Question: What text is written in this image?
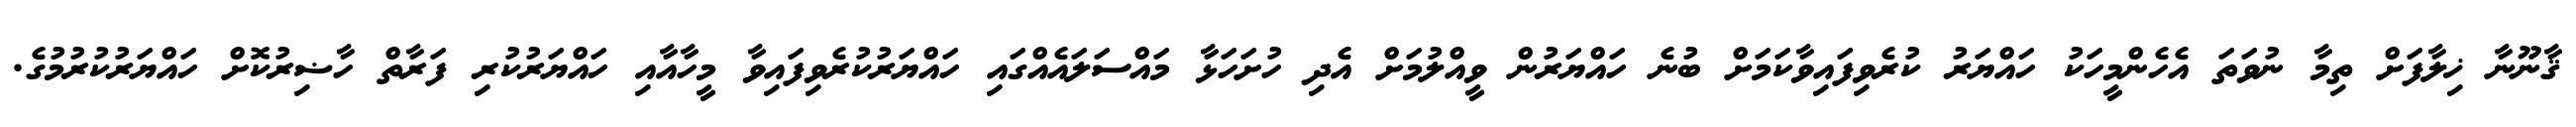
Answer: ޤާނޫނާ ޚިލާފަށް ތިމާ ނުވަތަ އެހެންމީހަކު ހައްޔަރު ކުރެވިފައިވާކަމަށް ބުނެ ހައްޔަރުން ވީއްލުމަށް އެދި ހުށަހަޅާ މައްސަލައެއްގައި ހައްޔަރުކުރެވިފައިވާ މީހާއާއި ހައްޔަރުކުރި ފަރާތް ހާޟިރުކޮށް ހައްޔަރުކުރުމުގެ.